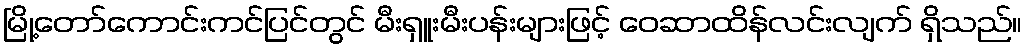
မြို့တော်ကောင်းကင်ပြင်တွင် မီးရှူးမီးပန်းများဖြင့် ဝေဆာထိန်လင်းလျက် ရှိသည်။